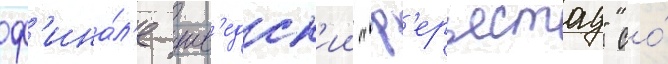
ф'ина́л'е шв'едск'ии "ф'ерьестад" со́